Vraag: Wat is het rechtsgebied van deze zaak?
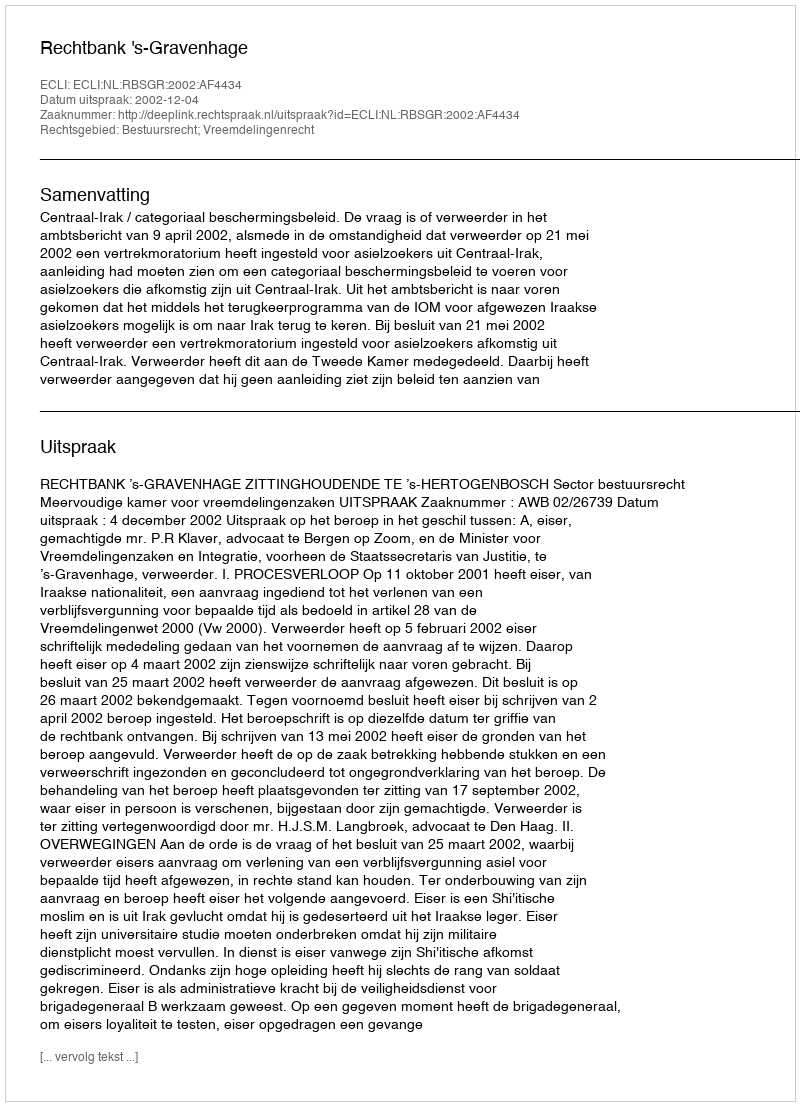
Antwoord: Bestuursrecht; Vreemdelingenrecht